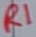
Text: R1